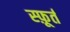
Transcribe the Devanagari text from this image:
स्फ़ूर्त